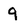
Character: 9